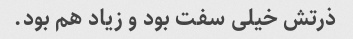
ذرتش خیلی سفت بود و زیاد هم بود.